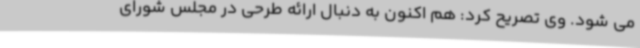
می شود. وی تصریح کرد: هم اکنون به دنبال ارائه طرحی در مجلس شورای